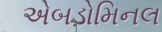
એબડોમિનલ